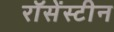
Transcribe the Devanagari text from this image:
रॉसेंस्टीन